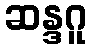
ဆန္ဒဂူ